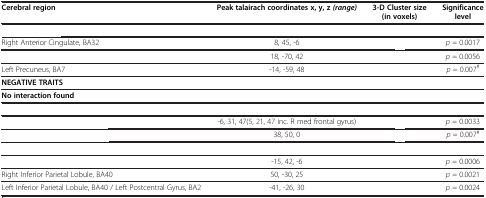
<table><thead><tr><td><b>Cerebral region</b></td><td><b>Peak talairach coordinates x, y, z<i>(range)</i></b></td><td><b>3-D Cluster size (in voxels)</b></td><td><b>Significance level</b></td></tr></thead><tbody><tr><td>[EMPTY_CELL]</td><td>[EMPTY_CELL]</td><td>[EMPTY_CELL]</td><td>[EMPTY_CELL]</td></tr><tr><td>Right Anterior Cingulate, BA32</td><td>8, 45, -6</td><td>[EMPTY_CELL]</td><td><i>p</i> = 0.0017</td></tr><tr><td>[EMPTY_CELL]</td><td>18, -70, 42</td><td>[EMPTY_CELL]</td><td><i>p</i> = 0.0056</td></tr><tr><td>Left Precuneus, BA7</td><td>-14, -59, 48</td><td>[EMPTY_CELL]</td><td><i>p</i> = 0.007<sup>#</sup></td></tr><tr><td><b>NEGATIVE TRAITS</b></td><td>[EMPTY_CELL]</td><td>[EMPTY_CELL]</td><td>[EMPTY_CELL]</td></tr><tr><td><b>No interaction found</b></td><td>[EMPTY_CELL]</td><td>[EMPTY_CELL]</td><td>[EMPTY_CELL]</td></tr><tr><td>[EMPTY_CELL]</td><td>[EMPTY_CELL]</td><td>[EMPTY_CELL]</td><td>[EMPTY_CELL]</td></tr><tr><td>[EMPTY_CELL]</td><td>-6, 31, 47(5, 21, 47 inc. R med frontal gyrus)</td><td>[EMPTY_CELL]</td><td><i>p</i> = 0.0033</td></tr><tr><td>[EMPTY_CELL]</td><td>38, 50, 0</td><td>[EMPTY_CELL]</td><td><i>p</i> = 0.007<sup>#</sup></td></tr><tr><td>[EMPTY_CELL]</td><td>[EMPTY_CELL]</td><td>[EMPTY_CELL]</td><td>[EMPTY_CELL]</td></tr><tr><td>[EMPTY_CELL]</td><td>-15, 42, -6</td><td>[EMPTY_CELL]</td><td><i>p</i> = 0.0006</td></tr><tr><td>Right Inferior Parietal Lobule, BA40</td><td>50, -30, 25</td><td>[EMPTY_CELL]</td><td><i>p</i> = 0.0021</td></tr><tr><td>Left Inferior Parietal Lobule, BA40 / Left Postcentral Gyrus, BA2</td><td>-41, -26, 30</td><td>[EMPTY_CELL]</td><td><i>p</i> = 0.0024</td></tr></tbody></table>